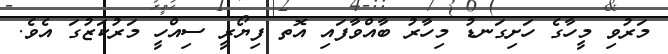
މަރުވި މީހާގެ ހަށިގަނޑު މިހާރު ބާއްވާފައި އޮތ ފިޔޯރީ ސިއްހީ މަރުކަޒުގަ އެވެ.